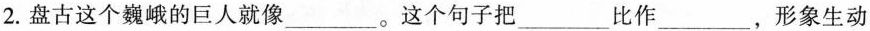
2.盘古这个巍峨的巨人就像_________。这个句子把_________比作_________，形象生动